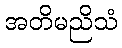
အတိမညိသံ